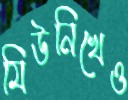
মিউনিখেও